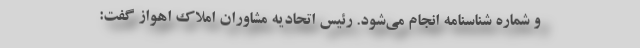
و شماره شناسنامه انجام می‌شود. رئیس اتحادیه مشاوران املاک اهواز گفت: